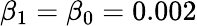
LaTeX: \beta_{1}=\beta_{0}=0.002